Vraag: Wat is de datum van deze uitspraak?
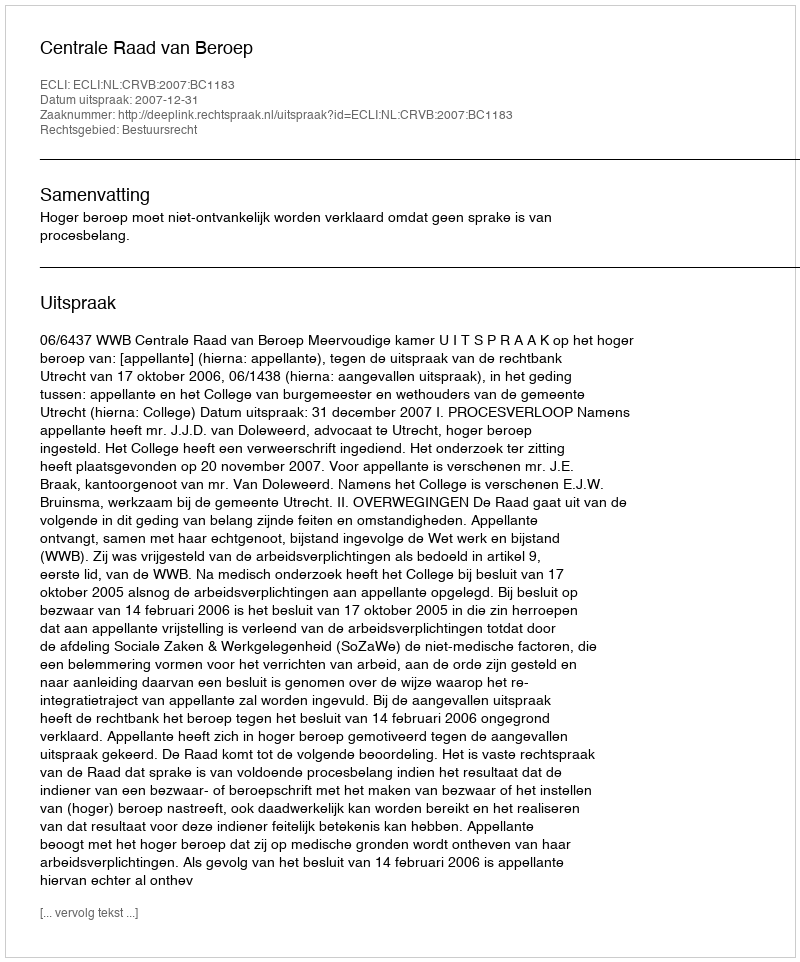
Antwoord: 2007-12-31